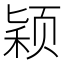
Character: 颖